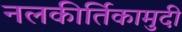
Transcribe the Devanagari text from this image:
नलकीर्तिकामुदी